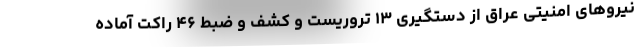
نیروهای امنیتی عراق از دستگیری ۱۳ تروریست و کشف و ضبط ۴۶ راکت آماده